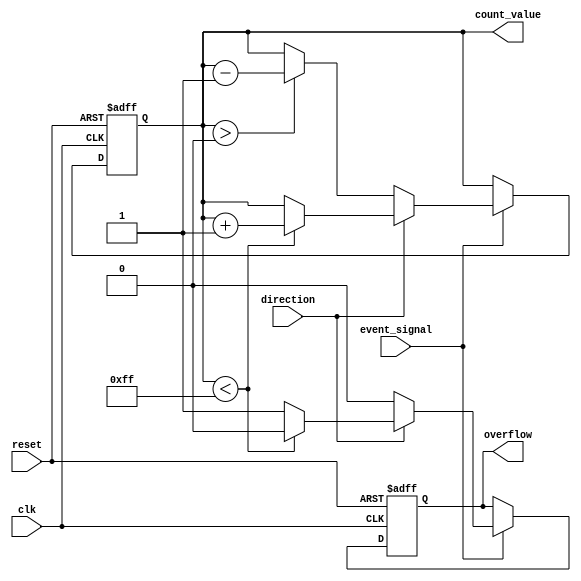
module event_counter #(
    parameter COUNTER_WIDTH = 8,  // Width of the counter (in bits)
    parameter COUNT_UP = 1,        // 1 for Up Counter, 0 for Down Counter
    parameter UP_DOWN_MODE = 1     // 1 for Up/Down Counter, 0 for Up Counter only
)(
    input wire clk,                // Clock signal
    input wire reset,              // Reset signal
    input wire event_signal,       // Event signal to trigger counting
    input wire direction,          // Counting direction (1: up, 0: down) if UP_DOWN_MODE is enabled
    output reg [COUNTER_WIDTH-1:0] count_value, // Current count value
    output reg overflow            // Overflow flag
);

    // Internal signal for maximum count value
    localparam MAX_COUNT = (1 << COUNTER_WIDTH) - 1;

    always @(posedge clk or posedge reset) begin
        if (reset) begin
            count_value <= 0;        // Reset count value to zero
            overflow <= 0;           // Clear overflow flag
        end else if (event_signal) begin
            // Count up/down based on direction and conditions
            if (UP_DOWN_MODE) begin
                if (direction) begin
                    // Up Counting
                    if (count_value < MAX_COUNT) begin
                        count_value <= count_value + 1;
                        overflow <= 0;
                    end else begin
                        overflow <= 1;  // Set overflow flag
                    end
                end else begin
                    // Down Counting
                    if (count_value > 0) begin
                        count_value <= count_value - 1;
                        overflow <= 0;
                    end else begin
                        overflow <= 0;  // No overflow on down count
                    end
                end
            end else begin
                // Only Up Counting
                if (count_value < MAX_COUNT) begin
                    count_value <= count_value + 1;
                    overflow <= 0;
                end else begin
                    overflow <= 1;  // Set overflow flag
                end
            end
        end
    end

endmodule